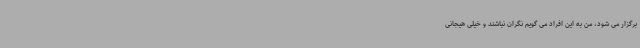
برگزار می شود، من به این افراد می گویم نگران نباشند و خیلی هیجانی